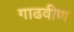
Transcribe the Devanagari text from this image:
गाढवीण